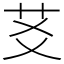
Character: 䒝